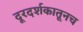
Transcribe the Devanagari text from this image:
दूरदर्शकातूनच